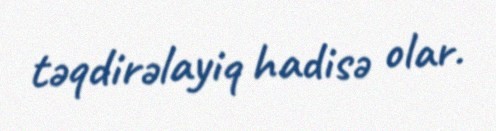
təqdirəlayiq hadisə olar.